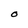
Character: O